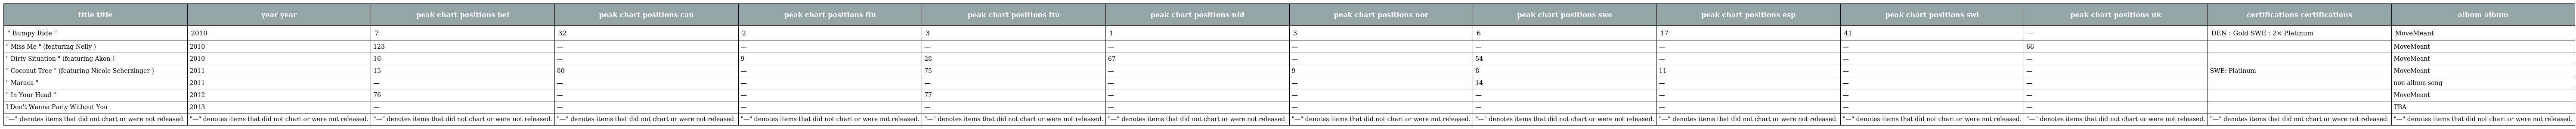
| title title | year year | peak chart positions bel | peak chart positions can | peak chart positions fin | peak chart positions fra | peak chart positions nld | peak chart positions nor | peak chart positions swe | peak chart positions esp | peak chart positions swi | peak chart positions uk | certifications certifications | album album |
 | --- | --- | --- | --- | --- | --- | --- | --- | --- | --- | --- | --- | --- | --- |
 | " Bumpy Ride " | 2010 | 7 | 32 | 2 | 3 | 1 | 3 | 6 | 17 | 41 | — | DEN : Gold SWE : 2× Platinum | MoveMeant |
 | " Miss Me " (featuring Nelly ) | 2010 | 123 | — | — | — | — | — | — | — | — | 66 |  | MoveMeant |
 | " Dirty Situation " (featuring Akon ) | 2010 | 16 | — | 9 | 28 | 67 | — | 54 | — | — | — |  | MoveMeant |
 | " Coconut Tree " (featuring Nicole Scherzinger ) | 2011 | 13 | 80 | — | 75 | — | 9 | 8 | 11 | — | — | SWE: Platinum | MoveMeant |
 | " Maraca " | 2011 | — | — | — | — | — | — | 14 | — | — | — |  | non-album song |
 | " In Your Head " | 2012 | 76 | — | — | 77 | — | — | — | — | — | — |  | MoveMeant |
 | I Don't Wanna Party Without You | 2013 | — | — | — | — | — | — | — | — | — | — |  | TBA |
 | "—" denotes items that did not chart or were not released. | "—" denotes items that did not chart or were not released. | "—" denotes items that did not chart or were not released. | "—" denotes items that did not chart or were not released. | "—" denotes items that did not chart or were not released. | "—" denotes items that did not chart or were not released. | "—" denotes items that did not chart or were not released. | "—" denotes items that did not chart or were not released. | "—" denotes items that did not chart or were not released. | "—" denotes items that did not chart or were not released. | "—" denotes items that did not chart or were not released. | "—" denotes items that did not chart or were not released. | "—" denotes items that did not chart or were not released. | "—" denotes items that did not chart or were not released. |